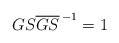
LaTeX: \begin{align*}GS{\overline{GS}\,}^{-1}=1\end{align*}